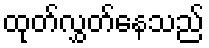
ထုတ်လွှတ်နေသည်